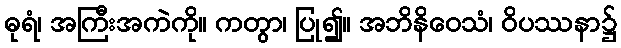
ဓုရံ၊ အကြီးအကဲကို။ ကတွာ၊ ပြု၍။ အဘိနိဝေသံ၊ ဝိပဿနာ၌